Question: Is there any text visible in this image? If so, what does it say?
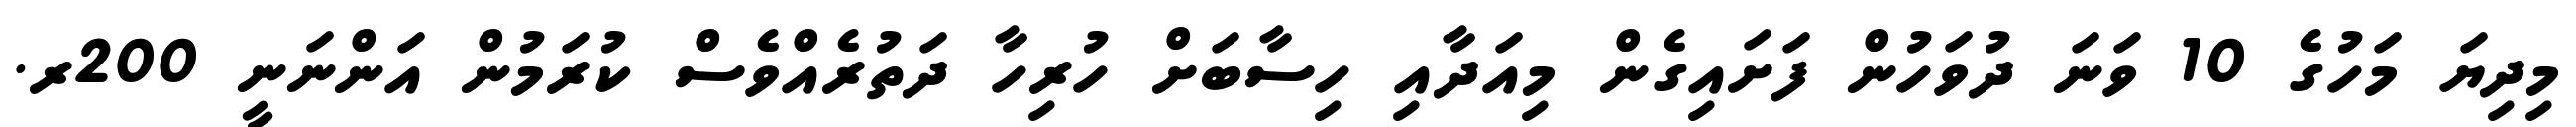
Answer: މިދިޔަ މަހުގެ 10 ވަނަ ދުވަހުން ފަށައިގެން މިއަދާއި ހިސާބަށް ހުރިހާ ދަތުރެއްވެސް ކުރަމުން އަންނަނީ 200ރ.